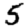
Digit: 5